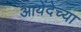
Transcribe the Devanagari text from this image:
आयेंदेच्या